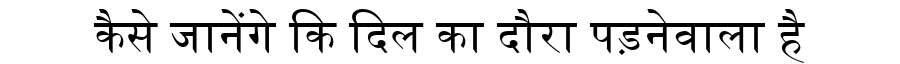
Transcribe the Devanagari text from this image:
कैसे जानेंगे कि दिल का दौरा पड़नेवाला है